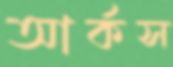
আর্কস